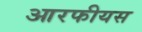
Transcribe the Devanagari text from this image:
आरफीयस